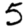
Digit: 5